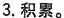
3.积累。